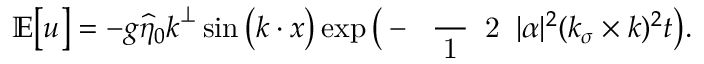
\mathbb { E } \big [ \boldsymbol { u } \big ] = - g \widehat { \eta } _ { 0 } \boldsymbol { k } ^ { \perp } \sin \big ( \boldsymbol { k } \boldsymbol { \cdot } \boldsymbol { x } \big ) \exp \big ( - \mathrm { ~ \scriptsize ~ \frac ~ { ~ 1 ~ } ~ { ~ 2 ~ } ~ } | \alpha | ^ { 2 } ( \boldsymbol { k } _ { \sigma } \times \boldsymbol { k } ) ^ { 2 } t \big ) .